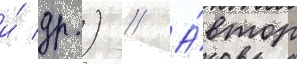
и́ др.) // А́втор